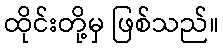
ထိုင်းတို့မှ ဖြစ်သည်။